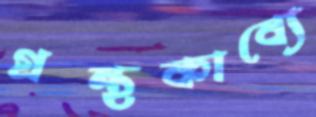
গ্রন্থকাব্যে